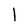
Character: l